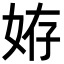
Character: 𡜒